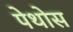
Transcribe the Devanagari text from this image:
पेथोस